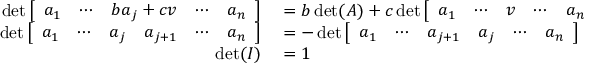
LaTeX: \begin{array} { r l } { \operatorname* { d e t } { \left[ \begin{array} { l l l l l } { a _ { 1 } } & { \cdots } & { b a _ { j } + c v } & { \cdots } & { a _ { n } } \end{array} \right] } } & { { } = b \operatorname* { d e t } ( A ) + c \operatorname* { d e t } { \left[ \begin{array} { l l l l l } { a _ { 1 } } & { \cdots } & { v } & { \cdots } & { a _ { n } } \end{array} \right] } } \\ { \operatorname* { d e t } { \left[ \begin{array} { l l l l l l } { a _ { 1 } } & { \cdots } & { a _ { j } } & { a _ { j + 1 } } & { \cdots } & { a _ { n } } \end{array} \right] } } & { { } = - \operatorname* { d e t } { \left[ \begin{array} { l l l l l l } { a _ { 1 } } & { \cdots } & { a _ { j + 1 } } & { a _ { j } } & { \cdots } & { a _ { n } } \end{array} \right] } } \\ { \operatorname* { d e t } ( I ) } & { { } = 1 } \end{array}